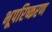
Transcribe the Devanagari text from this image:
भूपरिष्करण